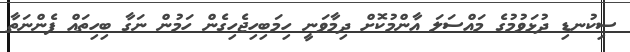
ސިކުނޑި ދުޅަވުމުގެ މައްސަލަ އާންމުކޮށް ދިމާވަނީ ހިމަބިހިޖެހިގެން ހަމުން ނަގާ ބިހިތައް ފެންނަތާ